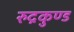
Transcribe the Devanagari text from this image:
रुद्रकुण्ड